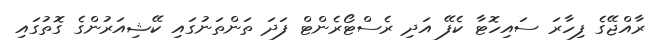
ރާއްޖޭގެ ފިހާރަ ސައިހޮޓާ ކެފޭ އަދި ރެސްޓޯރެންޓް ފަދަ ތަންތަނުގައި ކޭޝިއަރުންގެ ގޮތުގައި